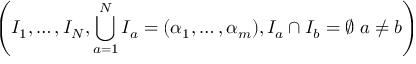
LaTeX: \left( I _ { 1 } , \ldots , I _ { N } , \bigcup _ { a = 1 } ^ { N } I _ { a } = ( \alpha _ { 1 } , \ldots , \alpha _ { m } ) , I _ { a } \cap I _ { b } = \emptyset \; a \neq b \right)